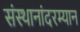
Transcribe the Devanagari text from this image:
संस्थानांदरम्यान